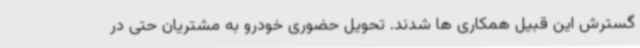
گسترش این قبیل همکاری ها شدند. تحویل حضوری خودرو به مشتریان حتی در